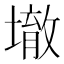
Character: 𱘀